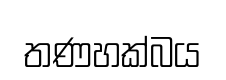
තණහක්බය